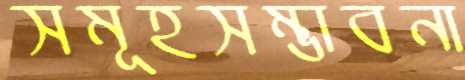
সমূহসম্ভাবনা